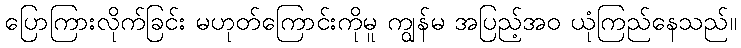
ပြောကြားလိုက်ခြင်း မဟုတ်ကြောင်းကိုမူ ကျွန်မ အပြည့်အဝ ယုံကြည်နေသည်။